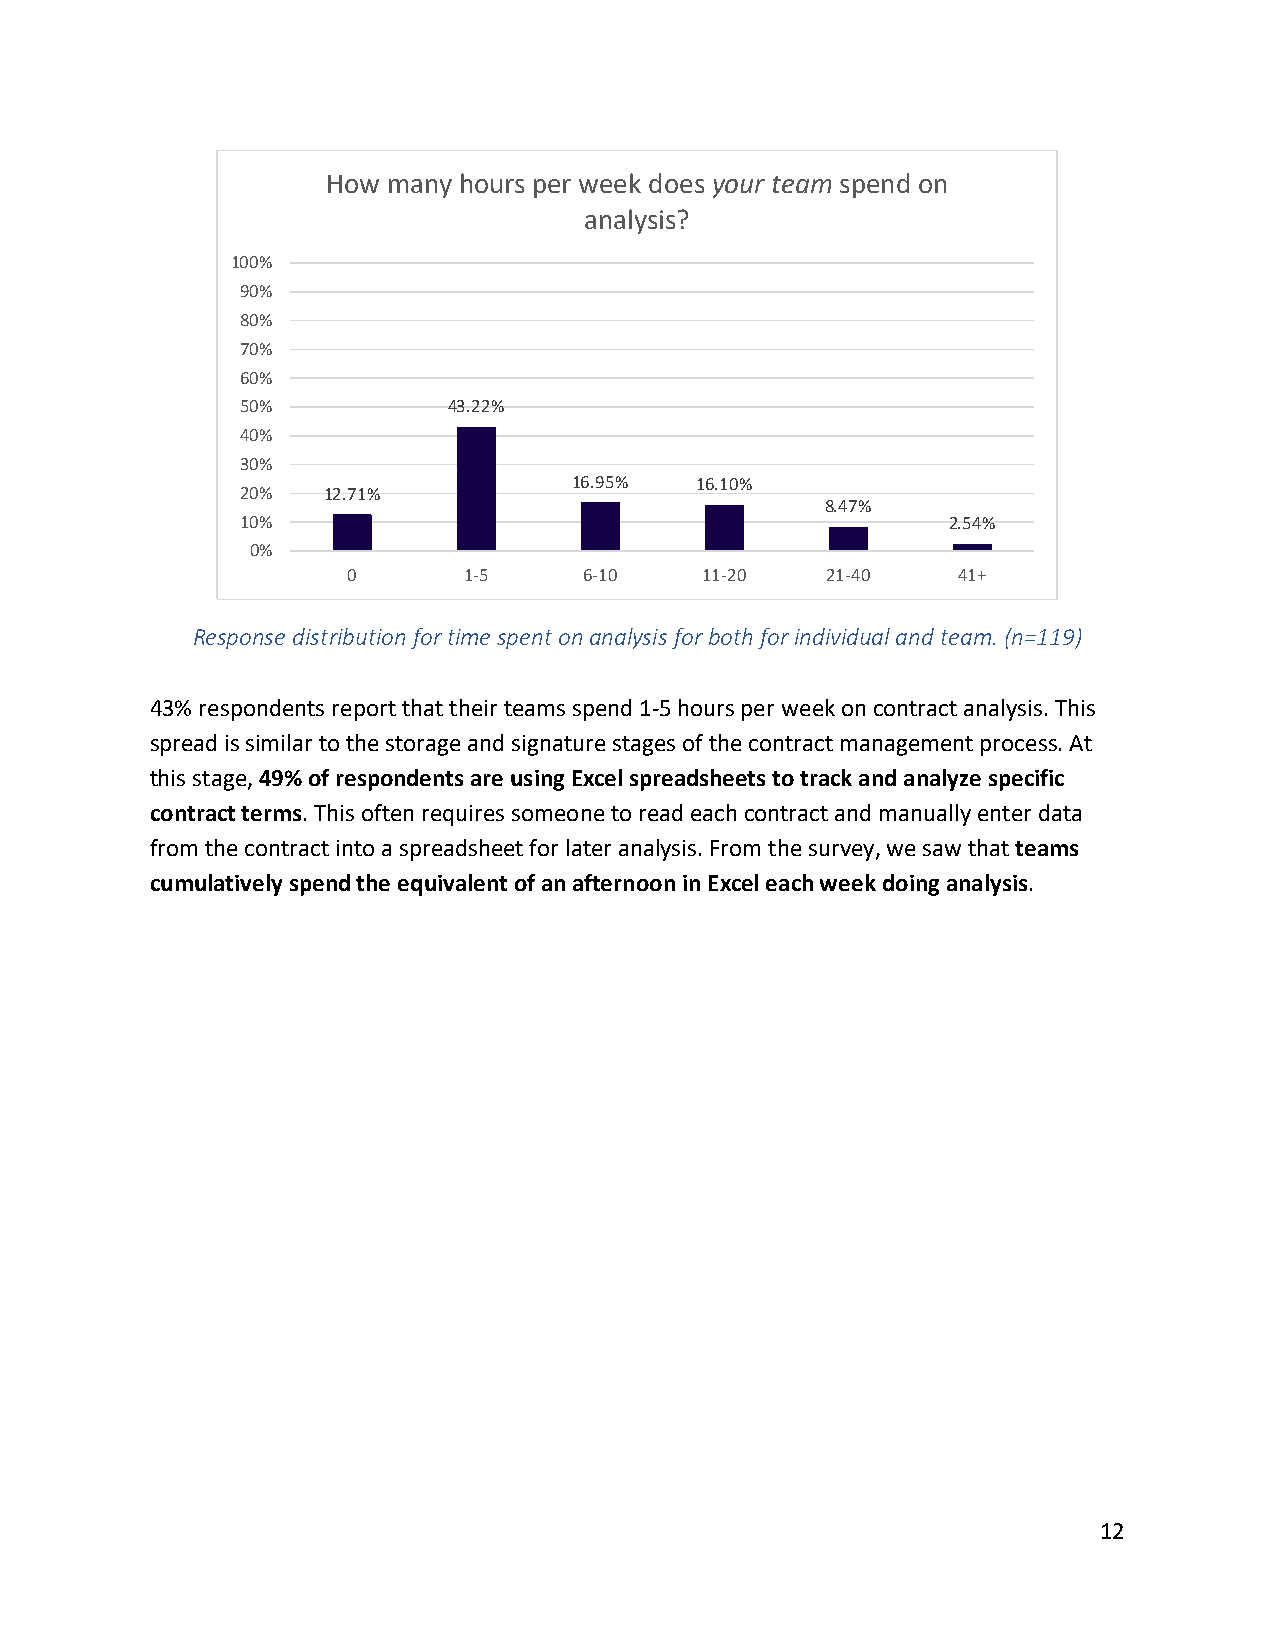
How many hours per week does your team spend on
 analysis?
 100%
 90%
 80%
 70%
 60%
 50%           43.22%
 40%
 30%
 16.95%  16.10%
 20%  12.71%
 8.47%
 10%                                            2.54%
 0%
 0       1-5     6-10   11-20    21-40   41+
 Response distribution for time spent on analysis for both for individual and team. (n=119)
 43% respondents report that their teams spend 1-5 hours per week on contract analysis. This
 spread is similar to the storage and signature stages of the contract management process. At
 this stage, 49% of respondents are using Excel spreadsheets to track and analyze specific
 contract terms. This often requires someone to read each contract and manually enter data
 from the contract into a spreadsheet for later analysis. From the survey, we saw that teams
 cumulatively spend the equivalent of an afternoon in Excel each week doing analysis.
 12